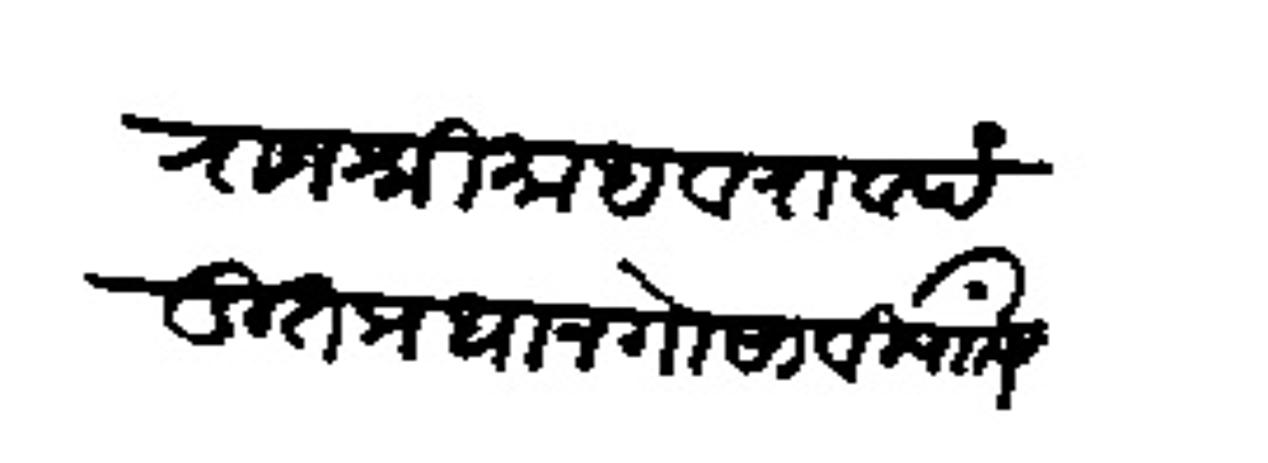
Transliteration (Devanagari): राजश्री माधवराव पंडित प्रधान गोसावी यांसी